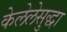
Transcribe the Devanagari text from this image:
केलेलेसुद्धा